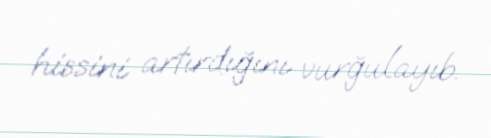
hissini artırdığını vurğulayıb.